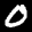
Label: 0